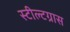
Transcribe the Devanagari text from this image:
स्टील्टग्रास